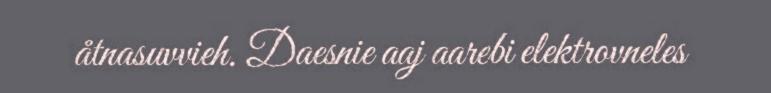
åtnasuvvieh. Daesnie aaj aarebi elektrovneles